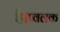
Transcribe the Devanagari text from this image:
है।प्वलक